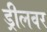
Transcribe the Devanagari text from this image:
ड्रीलवर